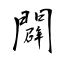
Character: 闢